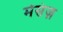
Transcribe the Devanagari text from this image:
मेसंज़